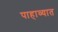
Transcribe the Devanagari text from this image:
पाहाव्यात